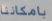
بامكاننا